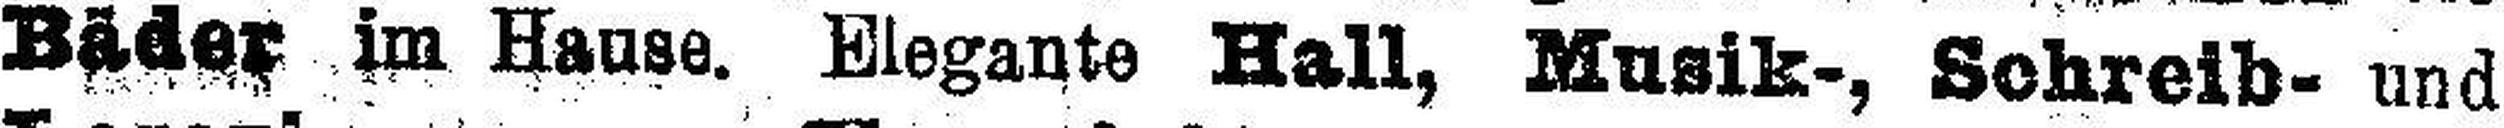
Bäder im Hause. Elegante Hall, Musik-, Schreib- und